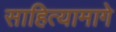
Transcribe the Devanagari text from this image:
साहित्यामागे